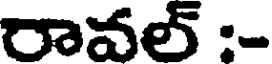
రావల్ :-